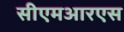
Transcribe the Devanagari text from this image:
सीएमआरएस